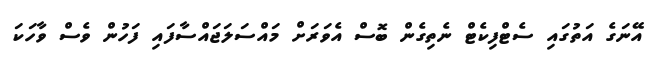
އޭނަގެ އަތުގައި ސެޓްފިކެޓް ނެތިގެން ބޮސް އެވަރަށް މައްސަލަޖައްސާފައި ފަހުން ވެސް ވާހަކަ